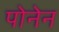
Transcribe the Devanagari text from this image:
पोनेन